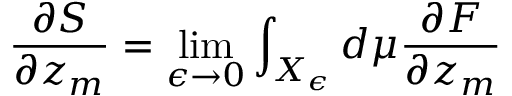
\frac { \partial S } { \partial z _ { m } } = \operatorname * { l i m } _ { \epsilon \rightarrow 0 } \int _ { X _ { \epsilon } } d \mu \frac { \partial F } { \partial z _ { m } }